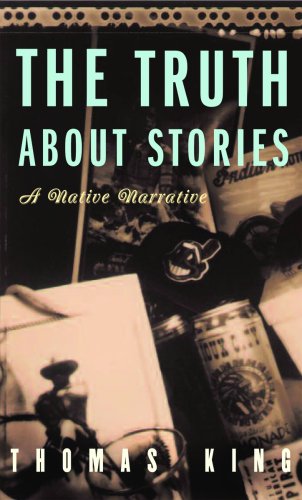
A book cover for The Truth About Stories: A Native Narrative (Indigenous Americas); Thomas King; Literature & Fiction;